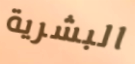
البشرية